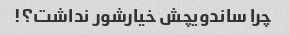
چرا ساندویچش خیارشور نداشت؟!